Scottish Certificate of Education, 1962
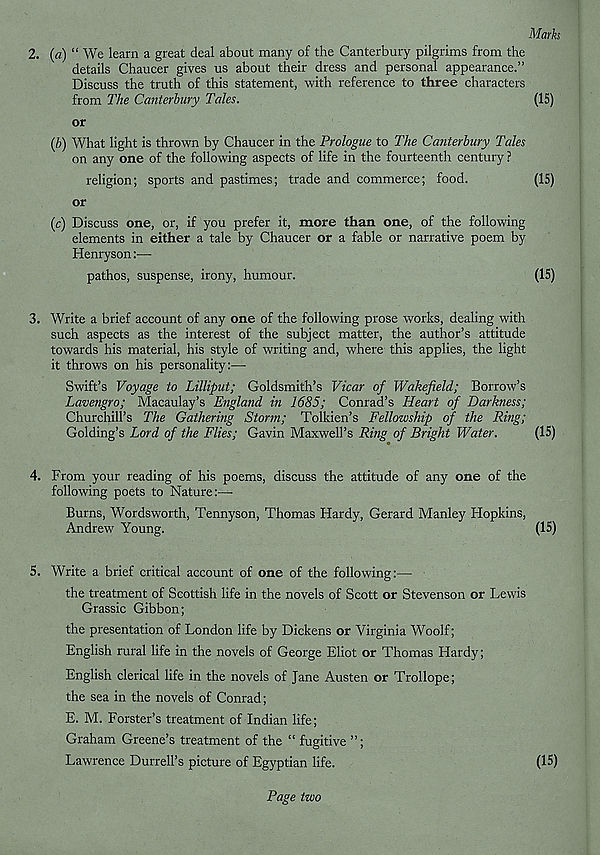
Marks
2. (a) “ We learn a great deal about many of the Canterbury pilgrims from the
details Chaucer gives us about their dress and personal appearance.”
Discuss the truth of this statement, with reference to three characters
from The Canterbury Tales.
(15)
or
(/;) What light is thrown by Chaucer in the Prologue to The Canterbury Tales
on any one of the following aspects of life in the fourteenth century ?
religion; sports and pastimes; trade and commerce; food.
(15)
or
(c) Discuss one, or, if you prefer it, more than one, of the following
elements in either a tale by Chaucer or a fable or narrative poem by
Henryson
pathos, suspense, irony, humour.
(15)
3. Write a brief account of any one of the following prose works, dealing with
such aspects as the interest of the subject matter, the author’s attitude
towards his material, his style of writing and, where this applies, the light
it throws on his personality:—
Swift’s Voyage to Lilliput; Goldsmith’s Vicar of Wakefield; Borrow’s
Lavengro; Macaulay’s England in 1685; Conrad’s Heart of Darkness;
Churchill’s The Gathering Storm; Tolkien’s Fellowship of the Ring;
Golding’s Lord of the Flies; Gavin Maxwell’s Ring of Bright Water.
(15)
4. From your reading of his poems, discuss the attitude of any one of the
following poets to Nature:—
Burns, Wordsworth, Tennyson, Thomas Hardy, Gerard Manley Hopkins,
Andrew Young.
(15)
5. Write a brief critical account of one of the following:—
the treatment of Scottish life in the novels of Scott or Stevenson or Lewis
Grassic Gibbon;
the presentation of London life by Dickens or Virginia Woolf;
English rural life in the novels of George Eliot or Thomas Hardy;
English clerical life in the novels of Jane Austen or Trollope;
the sea in the novels of Conrad;
E. M. Forster’s treatment of Indian life;
Graham Greene’s treatment of the “ fugitive ”;
Lawrence Durrell’s picture of Egyptian life.
(15)
Page two